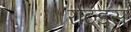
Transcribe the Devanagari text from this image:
रोटंडस